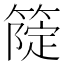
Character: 𥲗